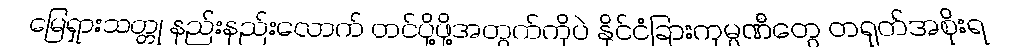
မြေရှားသတ္တု နည်းနည်းလောက် တင်ပို့ဖို့အတွက်ကိုပဲ နိုင်ငံခြားကုမ္ပဏီတွေ တရုတ်အစိုးရ